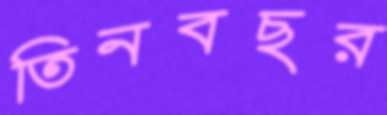
তিনবছর